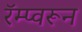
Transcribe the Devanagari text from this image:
रॅम्प्वरून